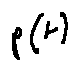
p ( t )